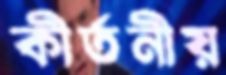
কীর্তনীয়